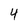
Character: 4